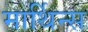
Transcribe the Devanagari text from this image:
मार्थिन्स